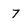
Character: 7